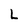
Character: L